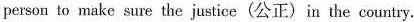
person to make sure the justice (公正)in the country.